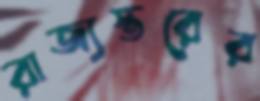
রাজ্যস্তরের